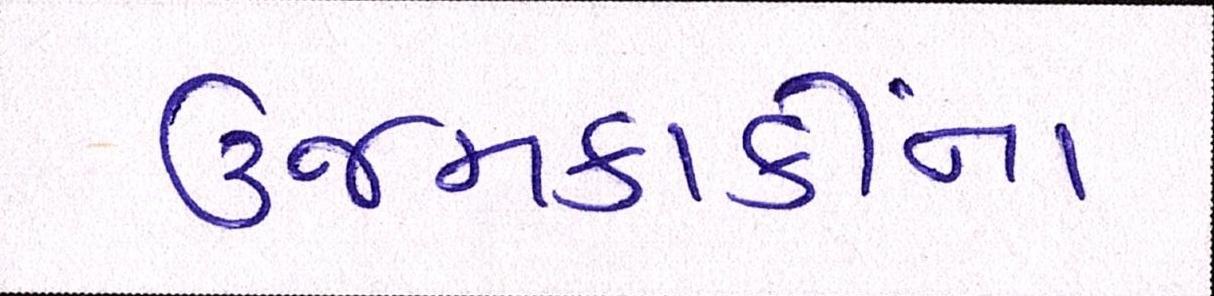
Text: ઉજમકાકીનાં